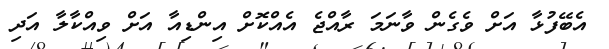
އެބޭފުޅާ އަށް ވެގެން ވާނަމަ ރާއްޖެ އެއްކޮށް އިންޑިއާ އަށް ވިއްކާލާ އަދި